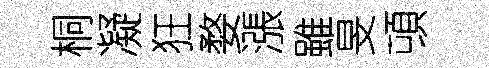
桐凝狂婺漲雖旻頓